Document type: Recognition
Year: 1437
Scribe: Pere Ponçgem
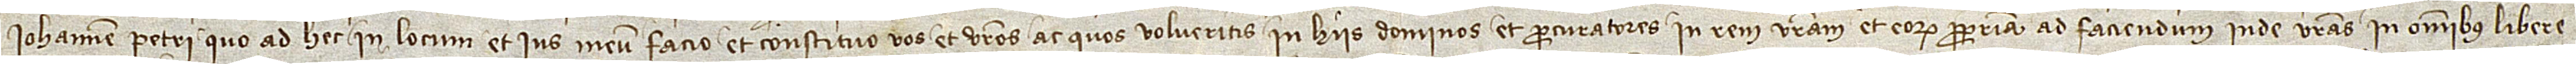
Iohannem Petri, quo ad hec in locum et ius meum facio et constituo vos et vestros ac quos volueritis in hiis dominos et procuratores in rem vestram et eorum propriam ad faciendum inde vestras in omnibus libere